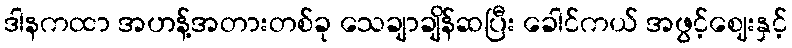
ဒါနကထာ အဟန့်အတားတစ်ခု သေချာချိန်ဆပြီး ခေါင်ကယ် အဖွင့်ဈေးနှင့်